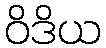
ဝိဒိယ